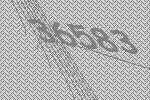
36583